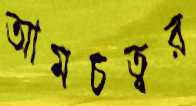
আমচত্বর